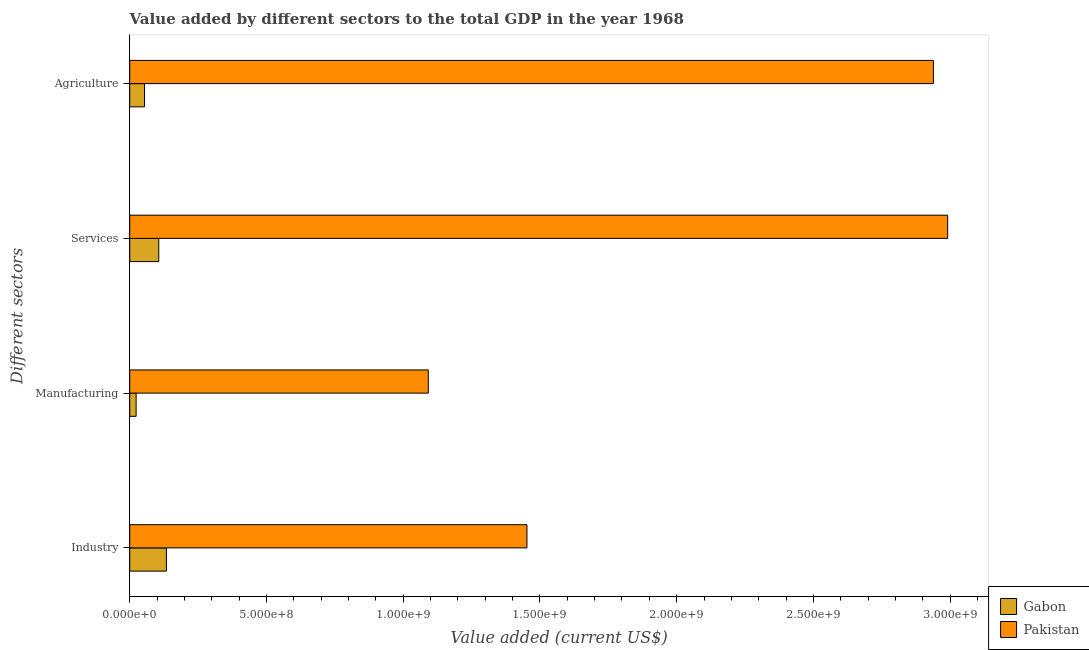
| Different sectors | Gabon | Pakistan |
 | --- | --- | --- |
 | Industry | 1.34e+08 | 1.45e+09 |
 | Manufacturing | 2.34e+07 | 1.09e+09 |
 | Services | 1.06e+08 | 2.99e+09 |
 | Agriculture | 5.41e+07 | 2.94e+09 |